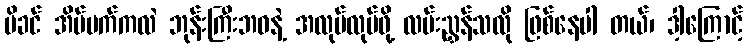
မိခင် အိပ်မက်ကလဲ ဘုန်းကြီးဘဝနဲ့ အလုပ်လုပ်ဖို့ လမ်းညွှန်သလို ဖြစ်နေပါ တယ်၊ ဒါ့ကြောင့်